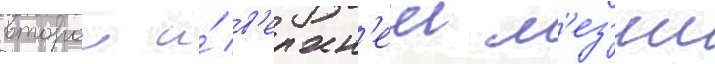
второи и́ в'ерхн'еи м'ез'ии